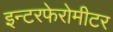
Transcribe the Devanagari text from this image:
इन्टरफेरोमीटर